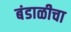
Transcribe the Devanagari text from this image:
बंडाळीचा